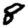
Digit: 8